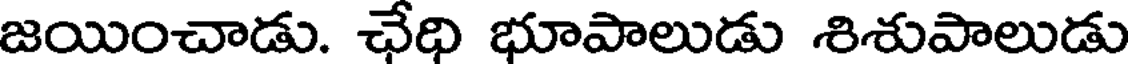
జయించాడు. ఛేధి భూపాలుడు శిశుపాలుడు